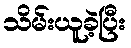
သိမ်းယူခဲ့ပြီး